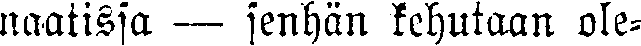
naatissa — senhän kehutaan ole-